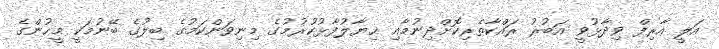
އަލީ އާރިފް ވިދާޅުވީ އަބުރު ރައްކާތެރިކޮށްދިނުމާއި ޚިޔާލުފާޅުކުރުމުގެ މިނިވަންކަމުގެ ބިލުގެ ބޭނުމަކީ މީހުންގެ